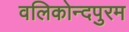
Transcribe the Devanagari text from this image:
वलिकोन्दपुरम